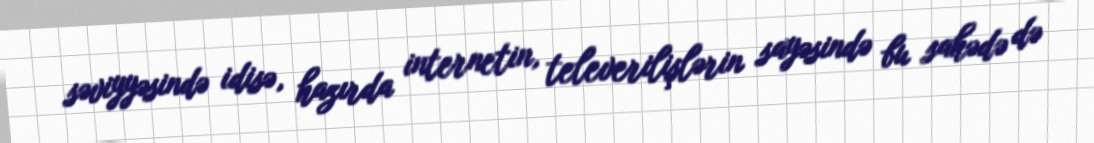
səviyyəsində idisə, hazırda internetin, televerilişlərin sayəsində bu sahədə də